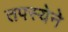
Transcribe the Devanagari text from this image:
तपस्येने